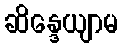
ဆိန္ဒေယျာမ